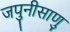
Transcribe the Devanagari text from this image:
जपुनीसाणु